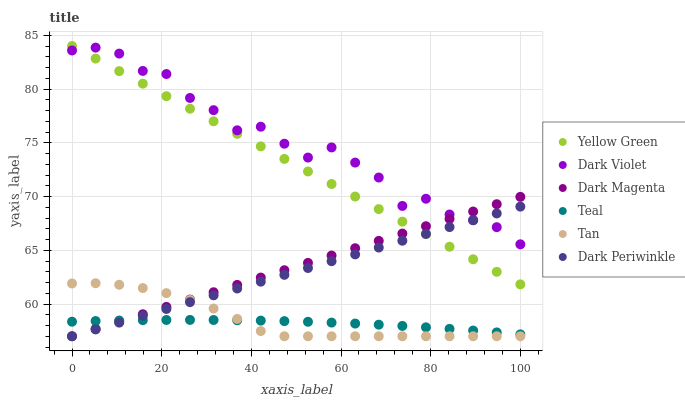
| xaxis_label | Yellow Green | Dark Violet | Dark Magenta | Teal | Tan | Dark Periwinkle |
 | --- | --- | --- | --- | --- | --- | --- |
 | 0 | 84 | 83.6 | 57 | 58.4 | 61.9 | 57 |
 | 5.26 | 82.8 | 83.9 | 57.7 | 58.4 | 61.9 | 57.6 |
 | 10.5 | 81.7 | 83.3 | 58.4 | 58.5 | 61.8 | 58.3 |
 | 15.8 | 80.5 | 81.7 | 59 | 58.5 | 61.5 | 58.9 |
 | 21.1 | 79.3 | 81.4 | 59.7 | 58.5 | 61 | 59.5 |
 | 26.3 | 78.2 | 79.2 | 60.4 | 58.5 | 60.4 | 60.2 |
 | 31.6 | 77 | 78 | 61.1 | 58.5 | 59.6 | 60.8 |
 | 36.8 | 75.8 | 76.2 | 61.8 | 58.5 | 58.6 | 61.4 |
 | 42.1 | 74.7 | 76.5 | 62.5 | 58.5 | 57.5 | 62.1 |
 | 47.4 | 73.5 | 74.9 | 63.1 | 58.4 | 57 | 62.7 |
 | 52.6 | 72.3 | 73.6 | 63.8 | 58.3 | 57 | 63.3 |
 | 57.9 | 71.2 | 74.6 | 64.5 | 58.3 | 57 | 64 |
 | 63.2 | 70 | 73.2 | 65.2 | 58.2 | 57 | 64.6 |
 | 68.4 | 68.8 | 71.8 | 65.9 | 58.1 | 57 | 65.3 |
 | 73.7 | 67.7 | 69.1 | 66.6 | 58 | 57 | 65.9 |
 | 78.9 | 66.5 | 69.8 | 67.2 | 57.8 | 57 | 66.5 |
 | 84.2 | 65.3 | 68.3 | 67.9 | 57.7 | 57 | 67.2 |
 | 89.5 | 64.2 | 67.8 | 68.6 | 57.5 | 57 | 67.8 |
 | 94.7 | 63 | 67.1 | 69.3 | 57.4 | 57 | 68.4 |
 | 100 | 61.8 | 65.6 | 70 | 57.2 | 57 | 69.1 |